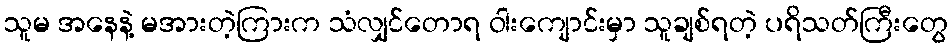
သူမ အနေနဲ့ မအားတဲ့ကြားက သံလျှင်တောရ ဝါးကျောင်းမှာ သူချစ်ရတဲ့ ပရိသတ်ကြီးတွေ